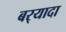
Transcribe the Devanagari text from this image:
बर्‍यादा